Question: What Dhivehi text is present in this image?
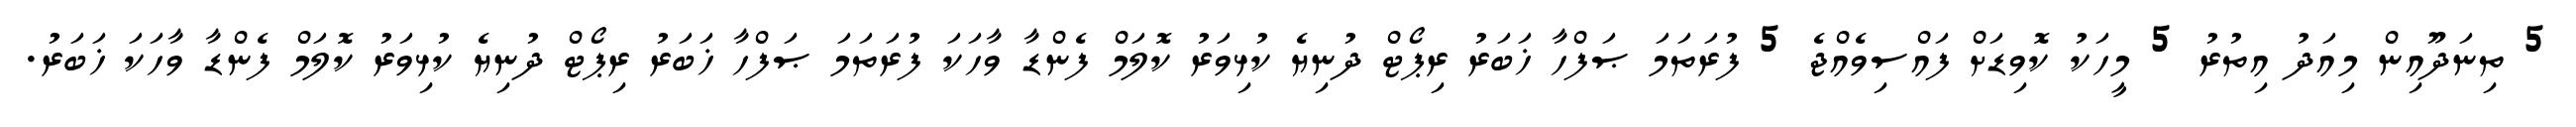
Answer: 5 ތިނަދޫއިން މިއަދު އިތުރު 5 މީހަކު ކޮވިޑަށް ފައްސިވެއްޖެ 5 ފުރަތަމަ ޞަފްހާ ޚަބަރު ރިޕޯޓް ދުނިޔެ ކުޅިވަރު ކޮލަމް ފެންޑާ ވާހަކަ ފުރަތަމަ ޞަފްހާ ޚަބަރު ރިޕޯޓް ދުނިޔެ ކުޅިވަރު ކޮލަމް ފެންޑާ ވާހަކަ ޚަބަރު.